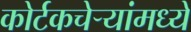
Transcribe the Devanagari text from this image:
कोर्टकचेर्‍यांमध्ये